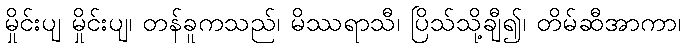
မှိုင်းပျ မှိုင်းပျ၊ တန်ခူကသည်၊ မိဿရာသီ၊ ပြိသ်သို့ချီ၍၊ တိမ်ဆီအာကာ၊